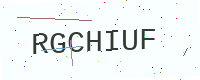
Text: RGCHIUF